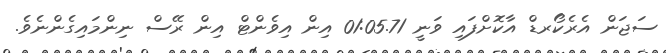
ސަޖަން އެރެކޯރޑް އާކޮށްފައި ވަނީ 01:05.71 އިން އިވެންޓް އިން ރޭސް ނިންމައިގެންނެވެ.